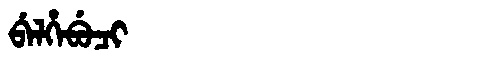
Manchu: ᠪᡝᠯᡥᡝᠪᡠᠴᡳ
Romanization: BELHEBUCI